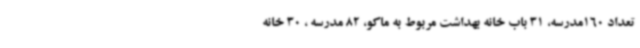
تعداد 160مدرسه، 31 باب خانه بهداشت مربوط به ماکو، 82 مدرسه ، 30 خانه